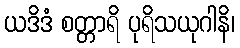
ယဒိဒံ စတ္တာရိ ပုရိသယုဂါနိ၊